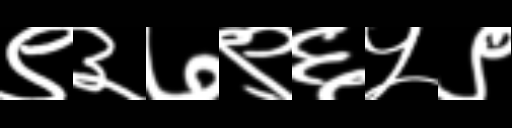
Text: ९३७९६५९